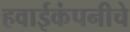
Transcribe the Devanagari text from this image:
हवाईकंपनीचे